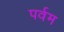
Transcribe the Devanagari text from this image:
पर्वम